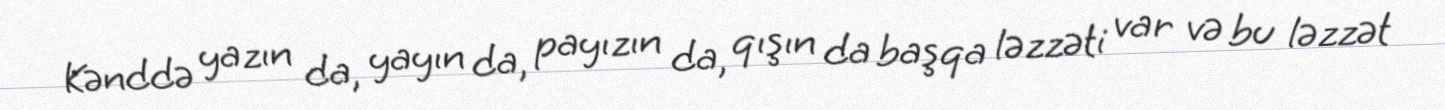
Kənddə yazın da, yayın da, payızın da, qışın da başqa ləzzəti var və bu ləzzət